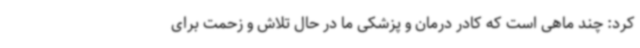
کرد: چند ماهی است که کادر درمان و پزشکی ما در حال تلاش و زحمت برای